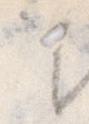
と